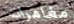
مغامرات